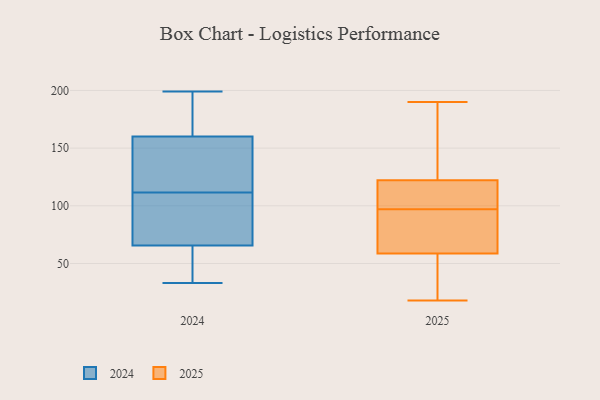
{"axis": {"x": "Customer Acquisition Cost (USD)", "y": "Value"}, "legend": ["2024", "2025"], "data": [{"x": "", "y": 187, "type": "2025"}, {"x": "", "y": 118, "type": "2025"}, {"x": "", "y": 107, "type": "2025"}, {"x": "", "y": 69, "type": "2025"}, {"x": "", "y": 81, "type": "2025"}, {"x": "", "y": 102, "type": "2025"}, {"x": "", "y": 152, "type": "2025"}, {"x": "", "y": 18, "type": "2025"}, {"x": "", "y": 68, "type": "2025"}, {"x": "", "y": 190, "type": "2025"}, {"x": "", "y": 58, "type": "2025"}, {"x": "", "y": 97, "type": "2025"}, {"x": "", "y": 19, "type": "2025"}, {"x": "", "y": 53, "type": "2025"}, {"x": "", "y": 135, "type": "2025"}, {"x": "", "y": 117, "type": "2025"}, {"x": "", "y": 59, "type": "2025"}, {"x": "", "y": 74, "type": "2024"}, {"x": "", "y": 110, "type": "2024"}, {"x": "", "y": 45, "type": "2024"}, {"x": "", "y": 113, "type": "2024"}, {"x": "", "y": 33, "type": "2024"}, {"x": "", "y": 130, "type": "2024"}, {"x": "", "y": 183, "type": "2024"}, {"x": "", "y": 99, "type": "2024"}, {"x": "", "y": 104, "type": "2024"}, {"x": "", "y": 49, "type": "2024"}, {"x": "", "y": 162, "type": "2024"}, {"x": "", "y": 199, "type": "2024"}, {"x": "", "y": 133, "type": "2024"}, {"x": "", "y": 158, "type": "2024"}, {"x": "", "y": 57, "type": "2024"}, {"x": "", "y": 185, "type": "2024"}]}